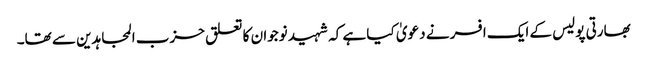
بھارتی پولیس کے ایک افسر نے دعویٰ کیا ہے کہ شہید نوجوان کا تعلق حزب المجاہدین سے تھا۔